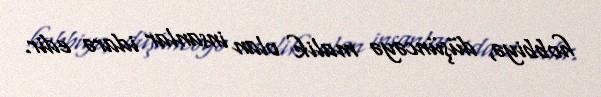
hobbiyə, düşüncəyə malik olan insanlar idarə edir.